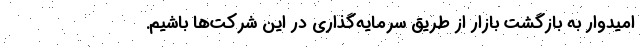
امیدوار به بازگشت بازار از طریق سرمایه‌گذاری در این شرکت‌ها باشیم.